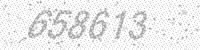
Solution: 658613